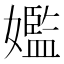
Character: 㜮